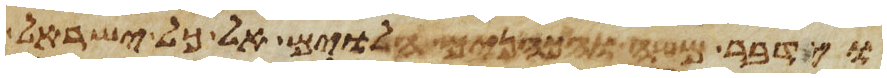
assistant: וידבר משה והכהנים הלוים אל כל ישראל